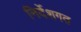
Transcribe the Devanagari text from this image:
निर्देशगत